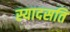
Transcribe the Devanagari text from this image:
स्यादसति